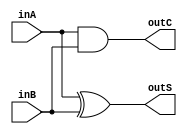
`timescale 1ns / 1ps

module half_adder(inA, inB, outS, outC);

input inA, inB;
output outS, outC;

assign outS=inA^inB;
assign outC=inA&inB;

endmodule